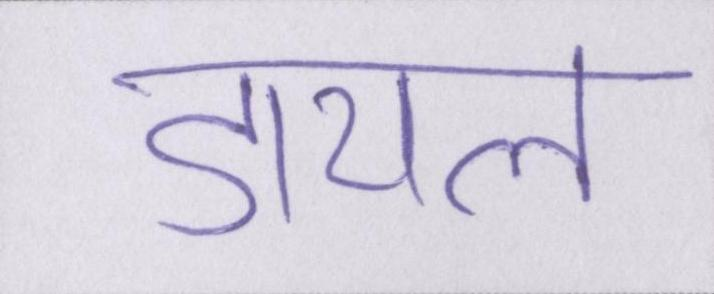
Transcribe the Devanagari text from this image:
डायल